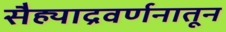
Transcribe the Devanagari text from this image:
सैह्याद्रवर्णनातून